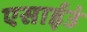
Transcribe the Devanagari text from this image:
एसाईउं